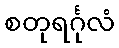
စတုရင်္ဂုလံ